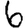
Digit: 6